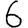
Digit: 6